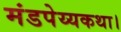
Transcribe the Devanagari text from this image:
मंडपेय्यकथा।